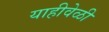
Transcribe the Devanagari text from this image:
याहीवेळी